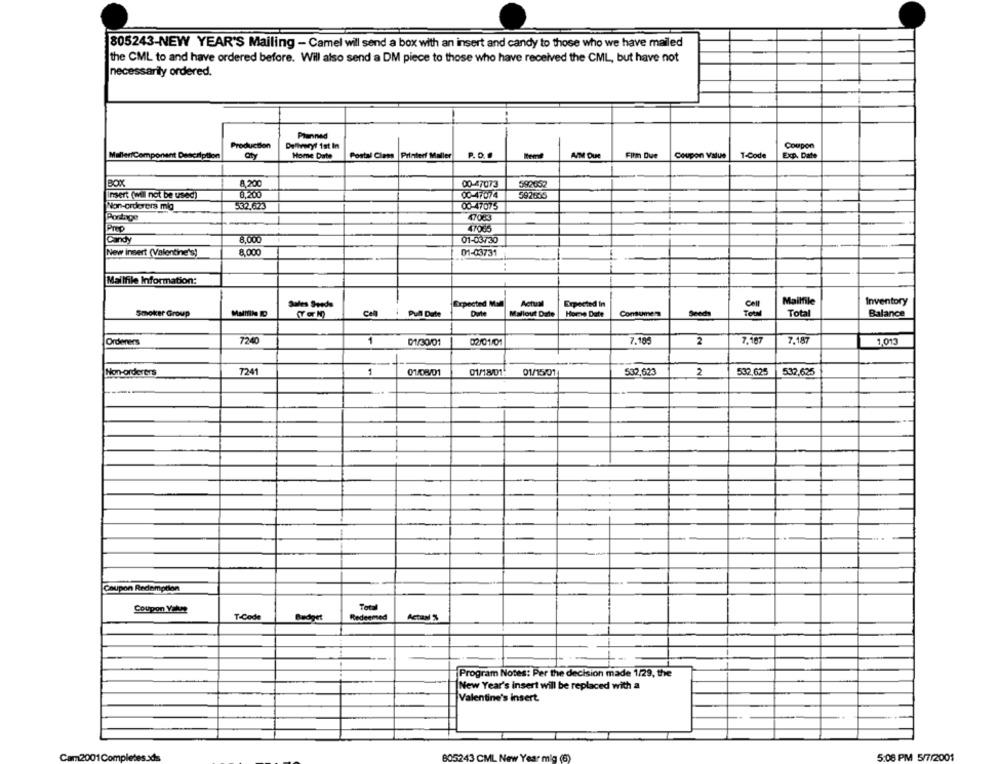
805243-NEW YEAR'S Mailing - Camel will send a box with an insert and candy to those who we have mailed
the CML to and have ordered before. Will also send a DM piece to those who have received the CML, but have not
necessarily ordered.
Planned
Production
Delivery/ 1st In
Coupon
aty
Printerf Maller
P. D ..
AIM Due
Filth Due
Coupon Value
T-Code
Exp. Date
Home Date
Postal Clams
8,200
00-47073
592652
Insert (will not be used)]
8.200
00-47074
592656
Non-orderers mig
532.623
00-47075
Portage
47033
Pmno
47065
Candy
8.000
01-03735
New insert (Valentine's)
8,000
01-03731
Mailfile Information:
Sales Seeds
Expected MM
Actual
Expected In
Cell
Mailfile
Inventory
Smoker Group
cell
Pull Date
Durte
Mallout Date
Home Date
Consumen
Total
Total
Balance
Ordeners
7240
1
01/30/01
02/01/01
7.185
2
7.187
7.18
1,013
Non-orderers
7241
1
01/08/01
01/12/01:
01/15/01
532,623
2
532,625
532,625
Coupon Redemption
Coupon Yobce
Total
T Code
Budget
Redeemed
Actanl %
--
Program Notes: Per the decision made 1/29, the
New Year's insert will be replaced with a
Valentine's insert
Cam2001Com
805243 CML New Year mig (6)
5:08 PM 5/7/2001